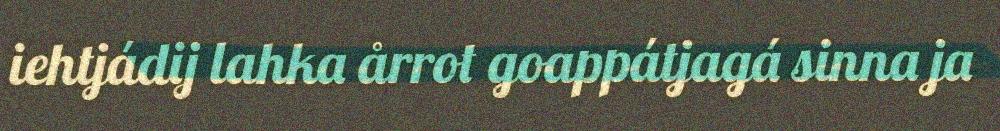
iehtjádij lahka årrot goappátjagá sinna ja